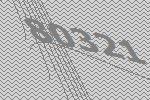
80321